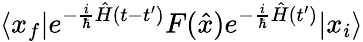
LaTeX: \langle x_{f}|e^{-{\frac{i}{\hbar}}{\hat{H}}(t-t^{\prime})}F({\hat{x}})e^{-{\frac{i}{\hbar}}{\hat{H}}(t^{\prime})}|x_{i}\rangle